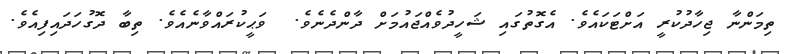
ތިމަންނާ ޖިހާދުކުރީ އަށްޓަކައެވެ. އެގޮތުގައި ޝަހީދުވެއްޖައުމަށް ދާންދެނެވެ.  ވަޙީކުރައްވާނެއެވެ. ތިބާ ދޮގުހަދައިފިއެވެ.